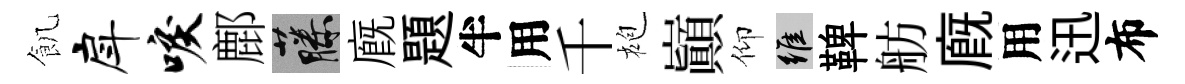
飢戽唳鄜藤廐題半用千袍巔仰維鞞舫廐用迅布